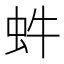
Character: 𧉖